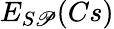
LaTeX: E_{S\mathscr{P}}(Cs)